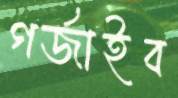
গর্জাইব